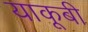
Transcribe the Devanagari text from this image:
याकूबी